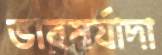
ভাবমর্যাদা